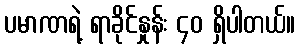
ပမာဏရဲ့ ရာခိုင်နှုန်း ၄၀ ရှိပါတယ်။